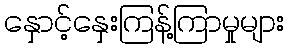
နှောင့်နှေးကြန့်ကြာမှုများ